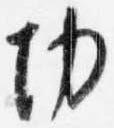
切